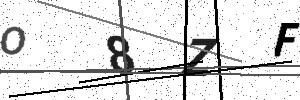
Text: O8ZF